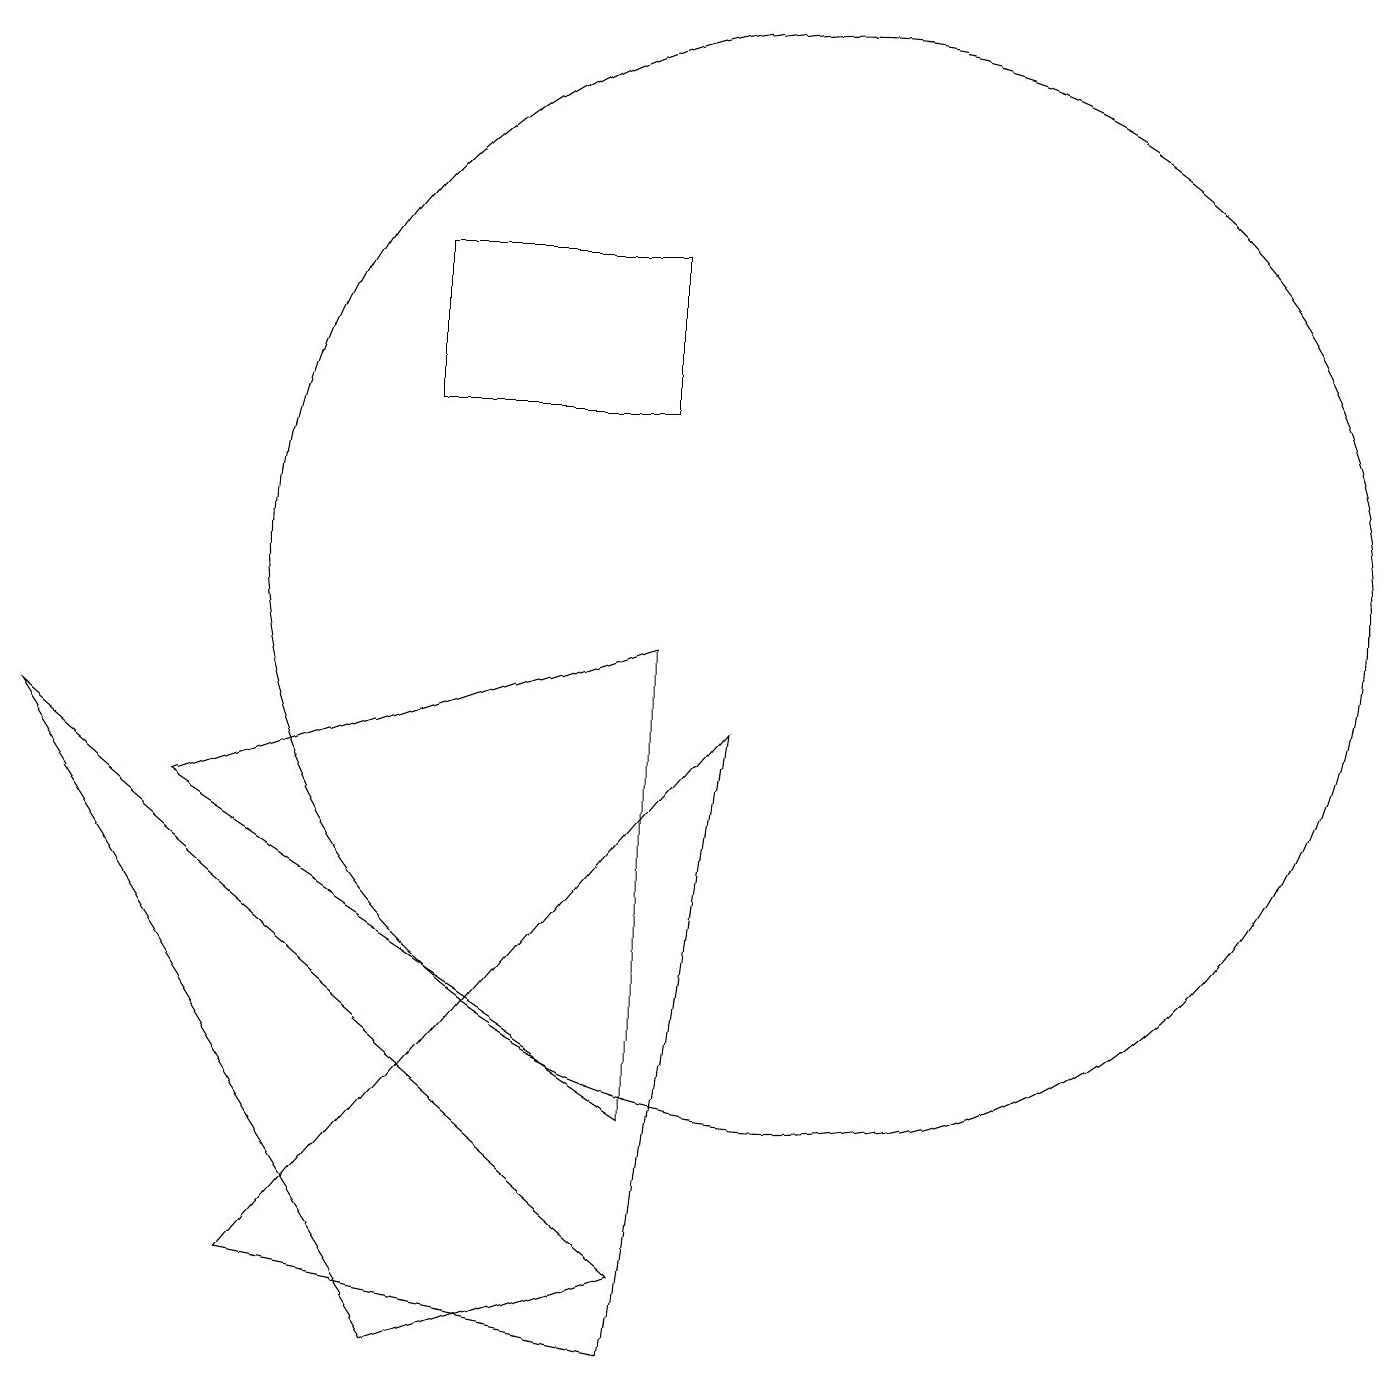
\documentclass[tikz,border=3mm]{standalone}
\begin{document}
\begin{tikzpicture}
\draw (10,10) circle (7);
\draw (5,0) -- (8,1) -- (0,8) -- cycle;
\draw (8,9) -- (2,7) -- (8,3) -- cycle;
\draw (8,0) -- (3,1) -- (9,8) -- cycle;
\draw (8,12) rectangle (5,14);
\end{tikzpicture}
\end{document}